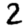
Digit: 2